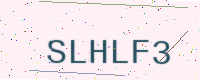
Text: SLHLF3